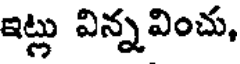
ఇట్లు విన్నవించు,